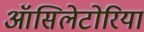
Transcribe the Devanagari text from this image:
ऑसिलेटोरिया